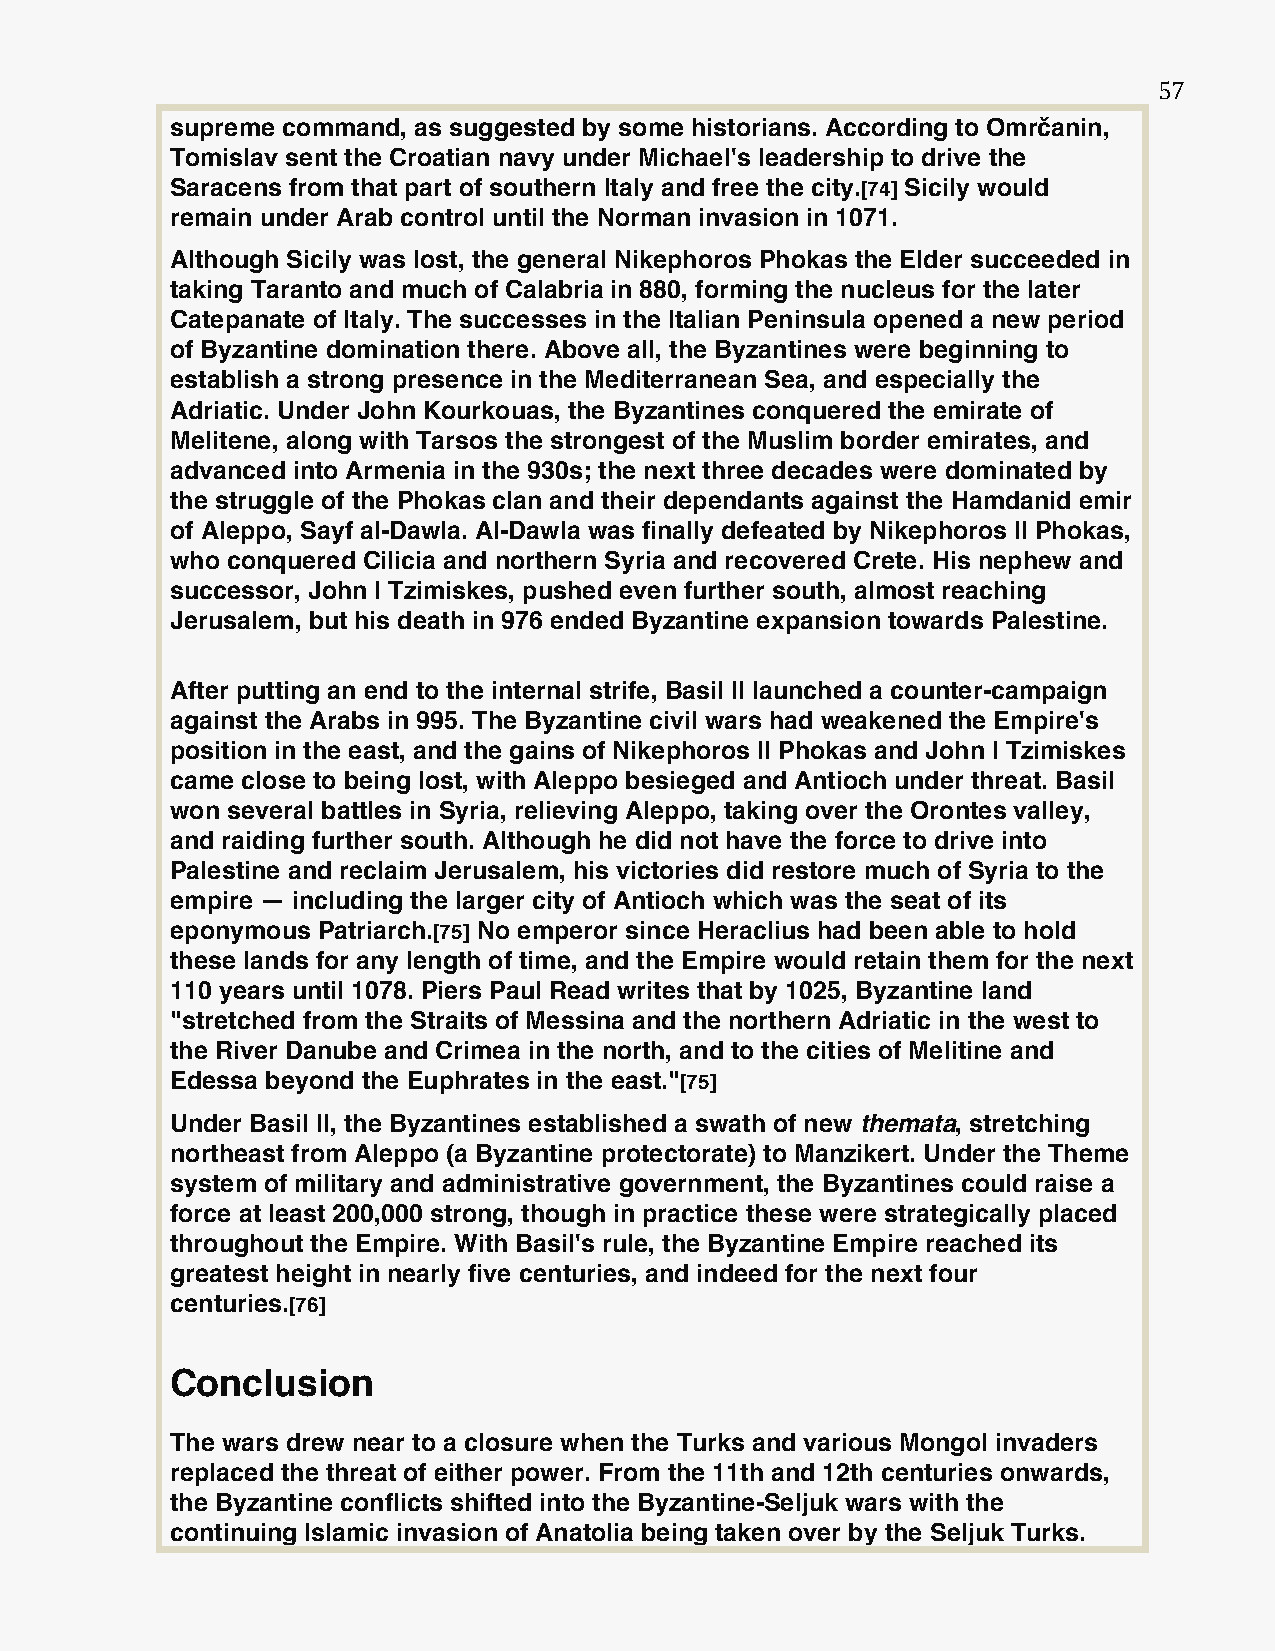
57
 supreme command, as suggested by some historians. According to Omrčanin,
 Tomislav sent the Croatian navy under Michael's leadership to drive the
 Saracens from that part of southern Italy and free the city.[74] Sicily would
 remain under Arab control until the Norman invasion in 1071.
 Although Sicily was lost, the general Nikephoros Phokas the Elder succeeded in
 taking Taranto and much of Calabria in 880, forming the nucleus for the later
 Catepanate of Italy. The successes in the Italian Peninsula opened a new period
 of Byzantine domination there. Above all, the Byzantines were beginning to
 establish a strong presence in the Mediterranean Sea, and especially the
 Adriatic. Under John Kourkouas, the Byzantines conquered the emirate of
 Melitene, along with Tarsos the strongest of the Muslim border emirates, and
 advanced into Armenia in the 930s; the next three decades were dominated by
 the struggle of the Phokas clan and their dependants against the Hamdanid emir
 of Aleppo, Sayf al-Dawla. Al-Dawla was finally defeated by Nikephoros II Phokas,
 who conquered Cilicia and northern Syria and recovered Crete. His nephew and
 successor, John I Tzimiskes, pushed even further south, almost reaching
 Jerusalem, but his death in 976 ended Byzantine expansion towards Palestine.
 After putting an end to the internal strife, Basil II launched a counter-campaign
 against the Arabs in 995. The Byzantine civil wars had weakened the Empire's
 position in the east, and the gains of Nikephoros II Phokas and John I Tzimiskes
 came close to being lost, with Aleppo besieged and Antioch under threat. Basil
 won several battles in Syria, relieving Aleppo, taking over the Orontes valley,
 and raiding further south. Although he did not have the force to drive into
 Palestine and reclaim Jerusalem, his victories did restore much of Syria to the
 empire — including the larger city of Antioch which was the seat of its
 eponymous Patriarch.[75] No emperor since Heraclius had been able to hold
 these lands for any length of time, and the Empire would retain them for the next
 110 years until 1078. Piers Paul Read writes that by 1025, Byzantine land
 "stretched from the Straits of Messina and the northern Adriatic in the west to
 the River Danube and Crimea in the north, and to the cities of Melitine and
 Edessa beyond the Euphrates in the east."[75]
 Under Basil II, the Byzantines established a swath of new themata, stretching
 northeast from Aleppo (a Byzantine protectorate) to Manzikert. Under the Theme
 system of military and administrative government, the Byzantines could raise a
 force at least 200,000 strong, though in practice these were strategically placed
 throughout the Empire. With Basil's rule, the Byzantine Empire reached its
 greatest height in nearly five centuries, and indeed for the next four
 centuries.[76]
 Conclusion
 The wars drew near to a closure when the Turks and various Mongol invaders
 replaced the threat of either power. From the 11th and 12th centuries onwards,
 the Byzantine conflicts shifted into the Byzantine-Seljuk wars with the
 continuing Islamic invasion of Anatolia being taken over by the Seljuk Turks.